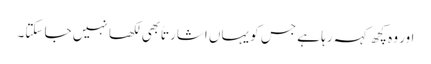
اور وہ کچھ کہہ رہا ہے جس کو یہاں اشارتاً بھی لکھا نہیں جا سکتا۔